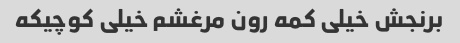
برنجش خیلی کمه رون مرغشم خیلی کوچیکه